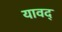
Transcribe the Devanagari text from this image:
यावद्